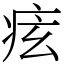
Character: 痃